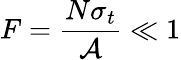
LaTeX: F=\frac{N\sigma_{t}}{\mathcal{A}}\ll 1